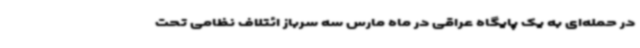
در حمله‌ای به یک پایگاه عراقی در ماه مارس سه سرباز ائتلاف نظامی تحت